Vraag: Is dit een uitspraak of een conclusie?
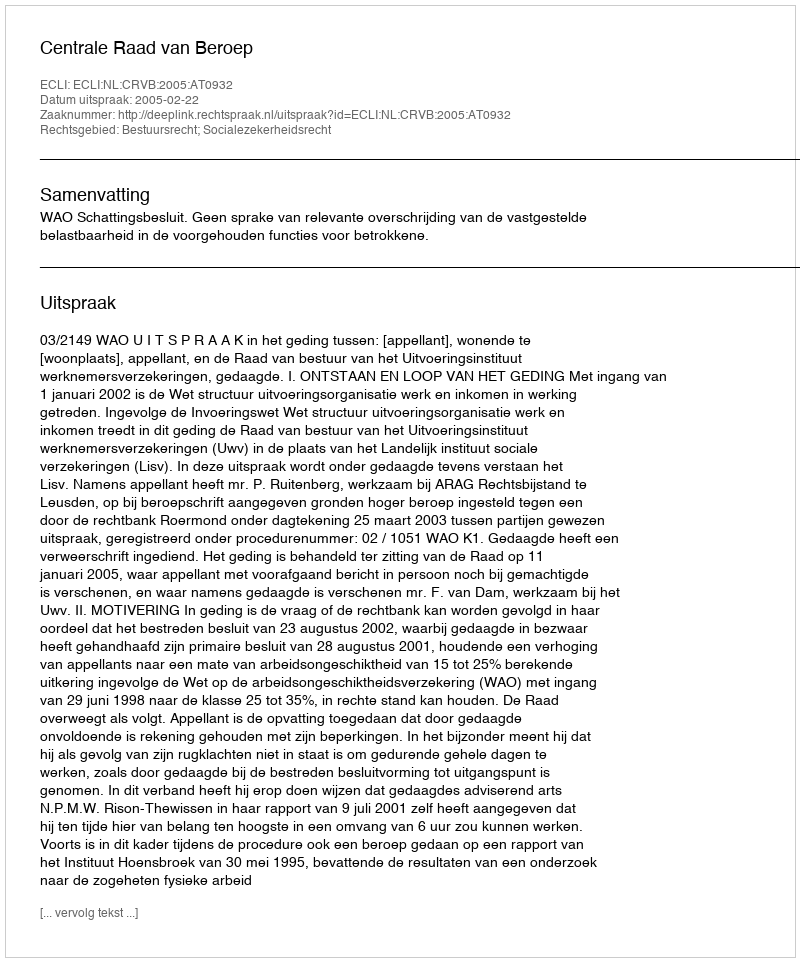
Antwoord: Uitspraak